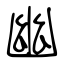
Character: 幽